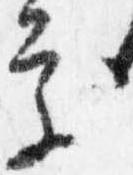
処